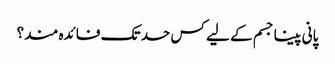
پانی پینا جسم کے لیے کس حد تک فائدہ مند؟